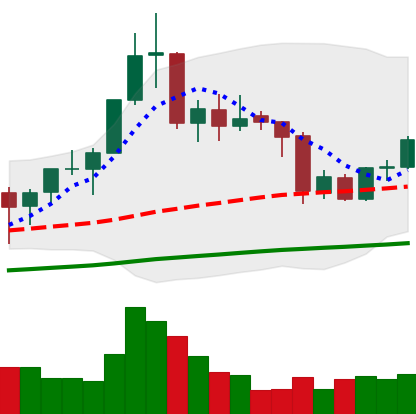
Ticker: BNB-USD
Chart end date: 2020-09-26
Forward return: 4.618%
Label: up_3_5